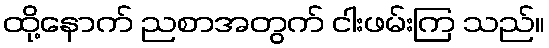
ထို့နောက် ညစာအတွက် ငါးဖမ်းကြ သည်။